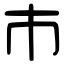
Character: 巿